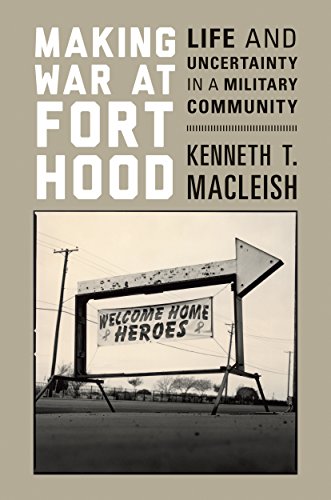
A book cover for Making War at Fort Hood: Life and Uncertainty in a Military Community; Kenneth T. MacLeish; History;